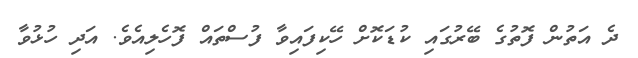
ދެ އަތުން ފޮތުގެ ބޭރުގައި ކުޑަކޮށް ހޭކިފައިވާ ފުސްތައް ފޮހެލިއެވެ. އަދި ހުޅުވާ